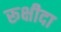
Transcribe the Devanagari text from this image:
रूक्षीदा